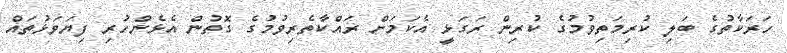
ހަރަކާތުގެ ބަލި ކުރިމަތިވުމުގެ ކުރިން ރަގަޅީ އެކަމަށް ރައްކާތެރިވުމުގެ ގޮތުން އެޅެންހުރި ފިޔަވަޅުތައް